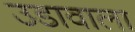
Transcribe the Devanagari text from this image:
उडावाला